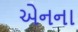
એનના